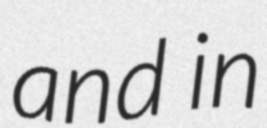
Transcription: and in